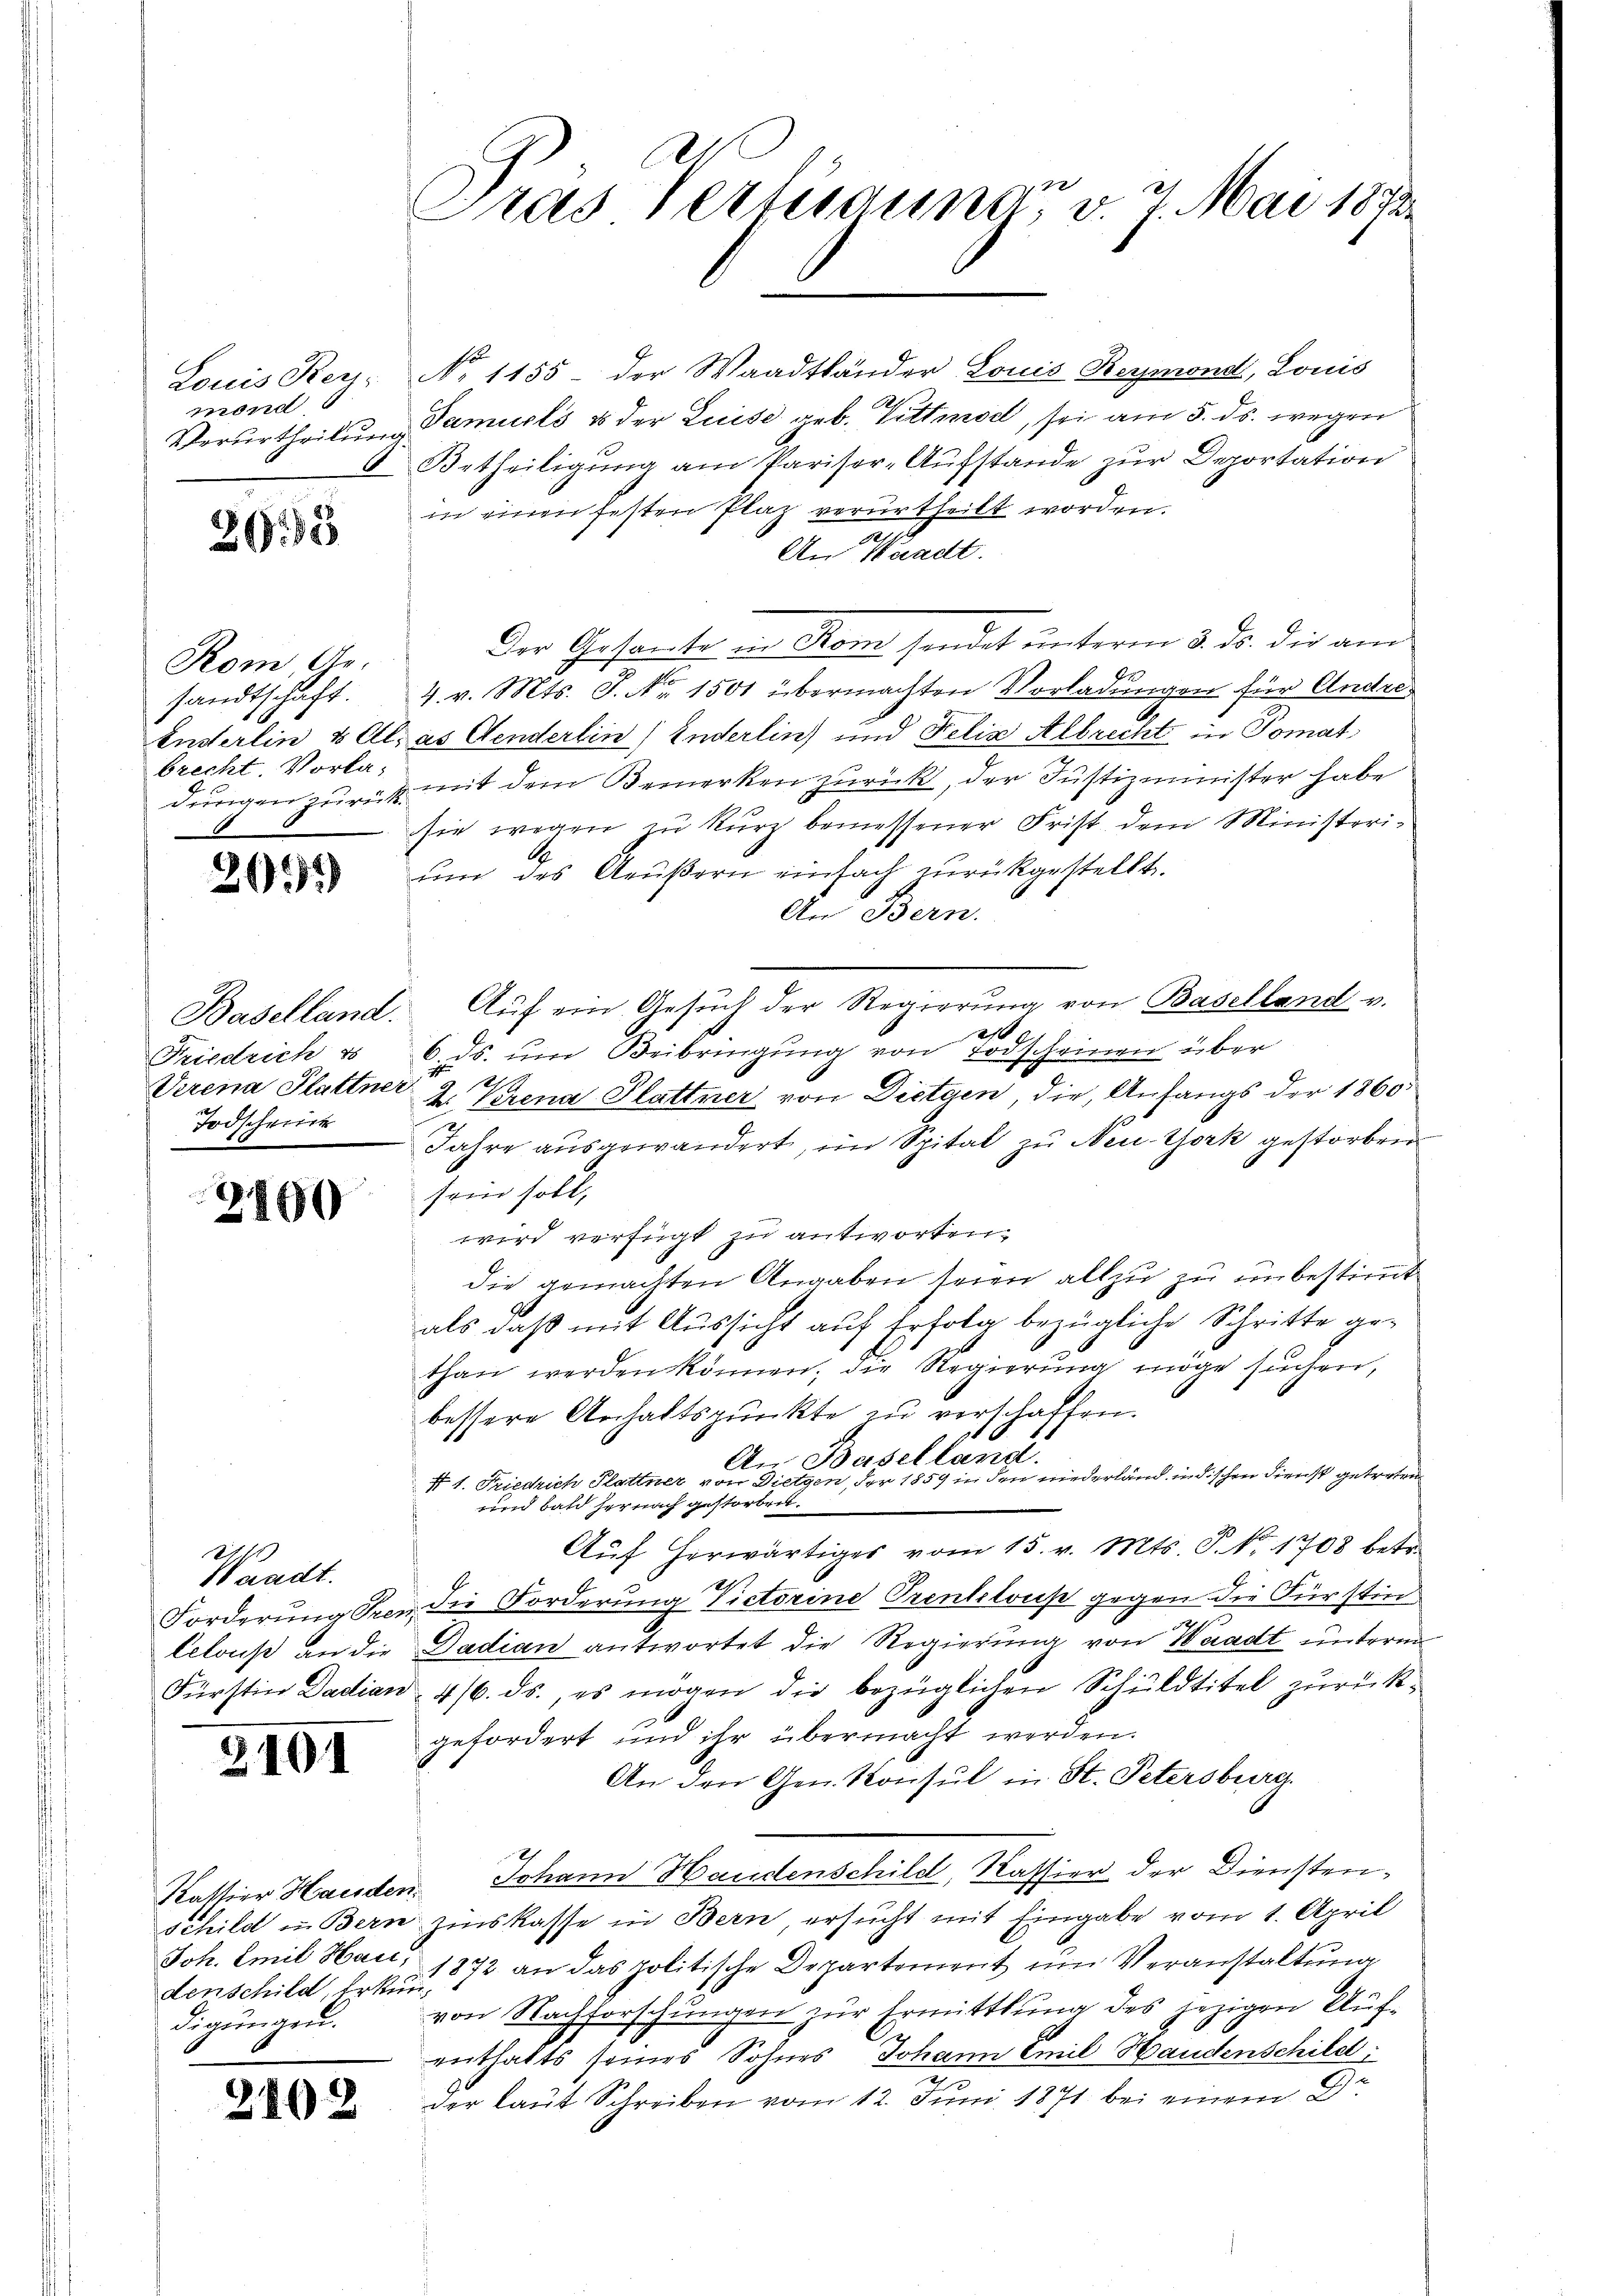
2685

Kom Ge-
sandtschaft.
brecht. Vorla¬

201)

Friedrich 1
Verena Plattner
Todscheine

2460

24
Waadt.

2101

denschild, Erkun¬
Digungen.

2102

Gras Vertrauna v. 7. Mai 1873.

Louis Rer. No 1155- der Waadtländer Louis Reymond, Louis
Verurtheilŭng Samuels & der Luise geb. Tittmod, sei am 5. ds. wegen
Betheiligung am Parisor-Aufstande zur Deportation
in einen festen Plaz verurtheilt worden.
2
An Waadt.
Der Gesante in Rom sendet unterm 3. ds. die am
4. v. Mts. S. Nr. 1501 übermachten Vorladungen für Andre
Enderlin & Al. as Aenderlin (Enderlin und Felix Albrecht in Tomat
dungen zurück mit dem Bemerken zurück, der Justizminister habe
sie wegen zu kurz bemessener Frist dem Ministerium des Aeußern einfach zurückgestellt.
An Bern.
Baselland. Aŭf ein Gesŭch der Regierŭng von Baselland v.

6. ds. um Beibringung von Todscheinen über
e
2. Vorena Plattner von Dietgen, die Anfangs der 1860
Jahre aŭsgewandert, im Spital zu Neu York gestorben
sein soll,
wird verfügt zu antworten.
die gemachten Angaben seien allzu zu in bestimmt
als daß mit Aussicht auf Erfolg bezügliche Schritte gethan werden können, die Regierung möge suchen,
bessere Anhaltspunkte zu verschaffen.
An Baselland.
t 1. Friedrich Plattner von Dietzen, der 1859 in den niederland indischen Dienst getreten
und bald hernach gestorben.
Aŭf herwärtiges vom 15. v. Mts. P. Nr. 1708 betr.
E
Forderung Prer die Forderung Victorine Prentelouse gegen die Fürstin
lelous an die Dadian antwortet die Regierung von Waadt unterm
Fürstin Dadian 4/6. ds., es mögen die bezüglichen Schuldtitel zurückgefordert und ihr übermacht werden.
An den Gen. Konsul in St. Petersburg.
Kassier Handen. Johann Handenschild, Kassier der Dienstenschild in Bern zinskasse in Bern, ersucht mit Eingabe vom 1. April
Joh. Emil Hau, 1872 an das politische Departement um Veranstaltung
von Nachforschungen zur Ermittlung des jezigen Aufenthalts seines Sohnes Johann Emil Handenschild
der laut Schreiben vom 12. Juni 1871 bei einem Dr